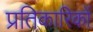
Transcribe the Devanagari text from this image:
प्रतिकारिकों